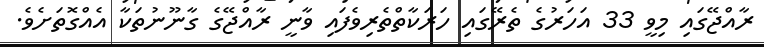
ރާއްޖޭގައި މިވީ 33 އަހަރުގެ ތެރޭގައި ހަރަކާތްތެރިވެފައި ވާނީ ރާއްޖޭގެ ގާނޫނުތަކާ އެއްގޮތަށެވެ.